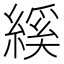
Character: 縘